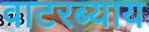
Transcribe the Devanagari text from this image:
वाटरब्याय